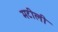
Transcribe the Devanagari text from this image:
मटीली